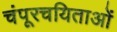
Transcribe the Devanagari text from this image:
चंपूरचयिताओं